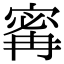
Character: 寗